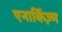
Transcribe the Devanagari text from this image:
एनार्किज़्म